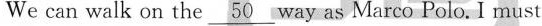
We can walk on the\underline{50}way as Marco Polo.I must